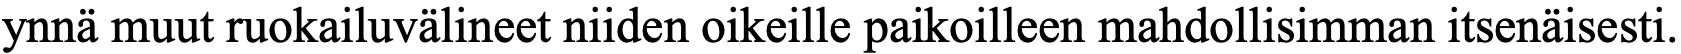
ynnä muut ruokailuvälineet niiden oikeille paikoilleen mahdollisimman itsenäisesti.